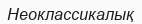
Неоклассикалық